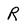
Character: R